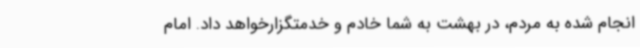
انجام شده به مردم، در بهشت به شما خادم و خدمتگزارخواهد داد.‌ امام